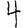
Digit: 4